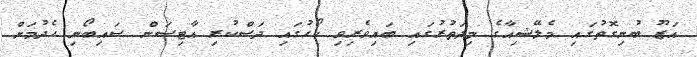
އަޒޫ ބުނިގޮތުގައި މެލޭޝިއާގެ މިދަތުރުގައި ބައިވެރިވި ކޯހުގައި ދަސްކުރި އާޓިސަން ސައިބޯނި ހެދުމަށް